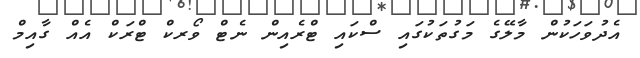
އެދުވަހަކުން މާލޭގެ މަގުތަކުގައި ސްކައި ޓްރެއިން ނެޓް ވޯރކް ޓްރަކް އެއް ގާއިމް